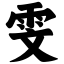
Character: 雯